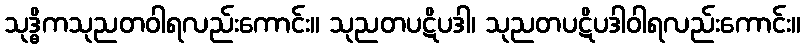
သုဒ္ဓိကသုညတဝါရလည်းကောင်း။ သုညတပဋိပဒါ၊ သုညတပဋိပဒါဝါရလည်းကောင်း။